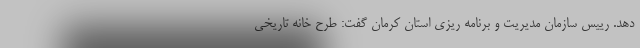
دهد. رییس سازمان مدیریت و برنامه ریزی استان کرمان گفت: طرح خانه تاریخی